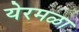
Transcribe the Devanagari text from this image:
येरमळा